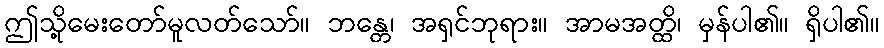
ဤသို့မေးတော်မူလတ်သော်။ ဘန္တေ၊ အရှင်ဘုရား။ အာမအတ္ထိ၊ မှန်ပါ၏။ ရှိပါ၏။